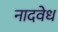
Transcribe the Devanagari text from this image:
नादवेध